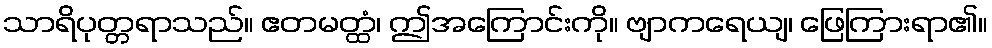
သာရိပုတ္တရာသည်။ ဧတမတ္ထံ၊ ဤအကြောင်းကို။ ဗျာကရေယျ၊ ဖြေကြားရာ၏။